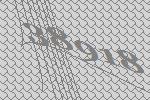
38918